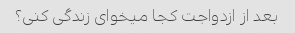
بعد از ازدواجت کجا میخوای زندگی کنی؟